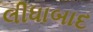
લીધાબાદ